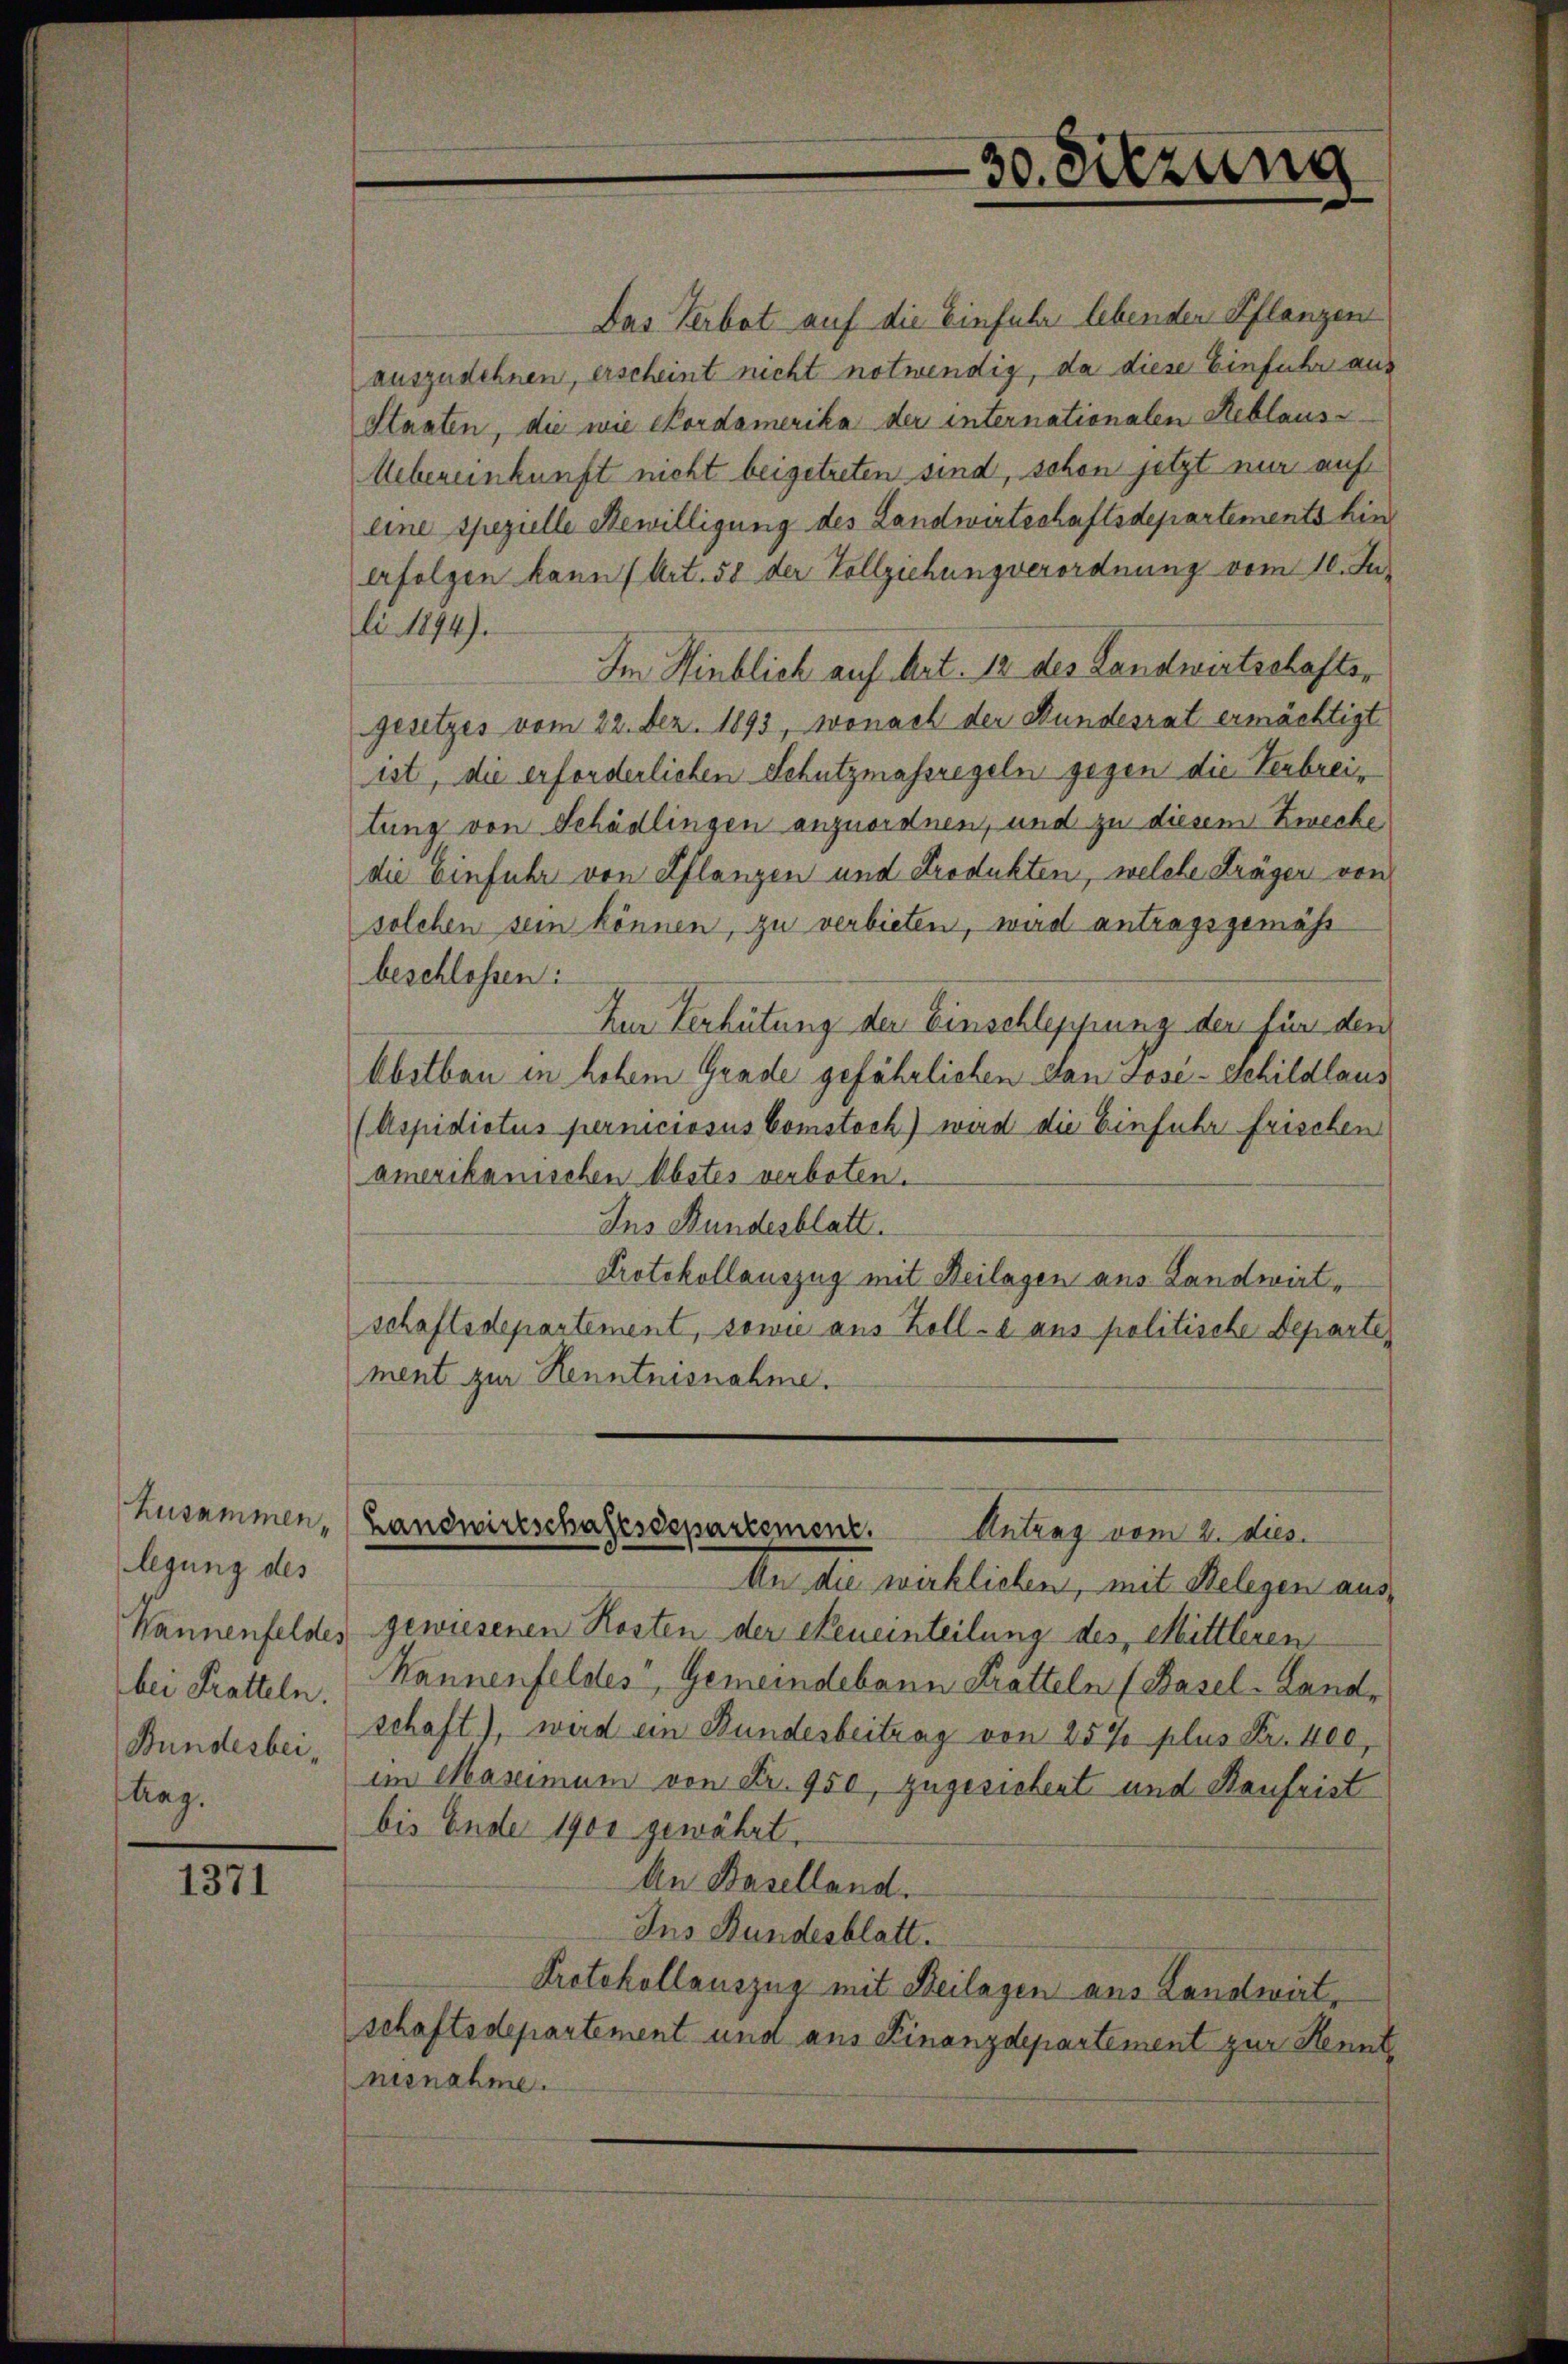
husammen.
legung des
Kannenfeldes
bei Kratteln.
Bundesbei¬
Mag.

1371

30. Sitzung

Das Verbot auf die Einfuhr lebenden Pflanzen
auszudehnen, erscheint nicht notwendig, da diese Einfuhr aus
Staaten, die wie Cordamerika der internationalen Reblause
Uebereinkunft nicht beigetreten sind, schon jetzt nur auf
eine spezielle Bewilligung des Landwirtschaftsdepartements hinerfolgen kann (Art. 58 der Vollziehung verordnung vom 10. Ju
li 1894).
Im Hinblich auf Art. 12 des Landwirtschaftsgesetzes vom 22. Dez. 1893, wonach der Bundesrat ermächtigt
ist, die erforderlichen Schutzmassregeln gegen die Verbreitung von Schädlingen anzuordnen, und zu diesem Zwecke
die Einfuhr von Pflanzen und Produkten, welche Kräger von
solchen sein können, zu verbieten, wird antragsgemäß
beschlossen:
Zur Verhütung der Einschleppung der für den
Abelben in hohem Grade gefährlichen Dan Lose schildlaus
(Aspidictus perniciosus Comstoch) wird die Einfuhr frischen
amerikanischen Abstes verboten.
Ins Bundesblatt.
Protokollauszug mit Beilagen aus Landwirt-
schaftsdepartement, sowie aus Zolle aus politische Departe
ment zur Kenntnisnahme.
Landwirtschaftsdepartement.
Antrag vom 2. dies.
Aen die wecklichen, mit Relegen aus,
gewiesenen Kosten der Neueinteilung des Mittleren
Mannenfeldes Gemeindebann Kratteln (Basel-Land-
schaft), wird ein Bundesbeitrag von 25% plus Fr. 400
im Maximum von Fr. 950, zugesichent und Kaufrist
bis Ende 1900 gewährt.
An Baselland.
Ins Bundesblatt.
Protokollauszug mit Beilagen aus Landwirt-
schaftsdepartement und aus Finanzdepartement zur Kenntnesnahme.